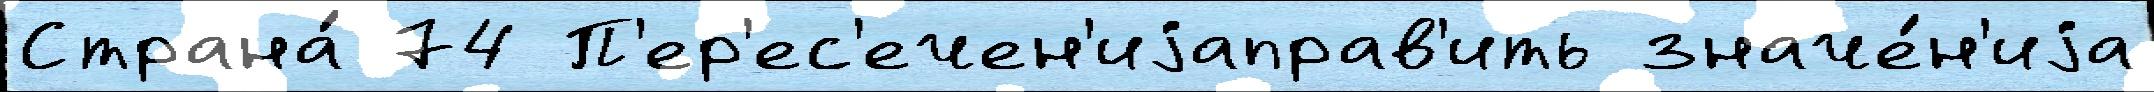
Страна́ 74 П'ер'ес'ечен'иjаправ'ить значе́н'иjа